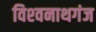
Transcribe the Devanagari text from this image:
विश्‍वनाथगंज